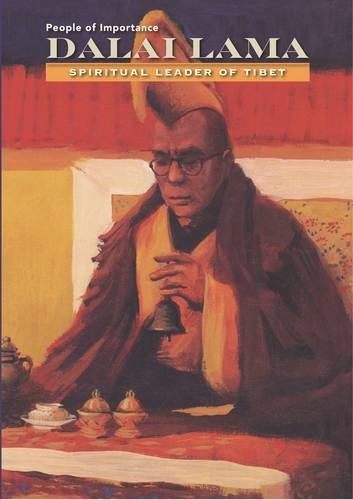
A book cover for Dalai Lama: Spiritual Leader of Tibet (People of Importance); Anne Marie Sullivan; Teen & Young Adult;